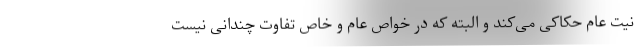
نیت عام حکاکی می‌کند و البته که در خواص عام و خاص تفاوت چندانی نیست